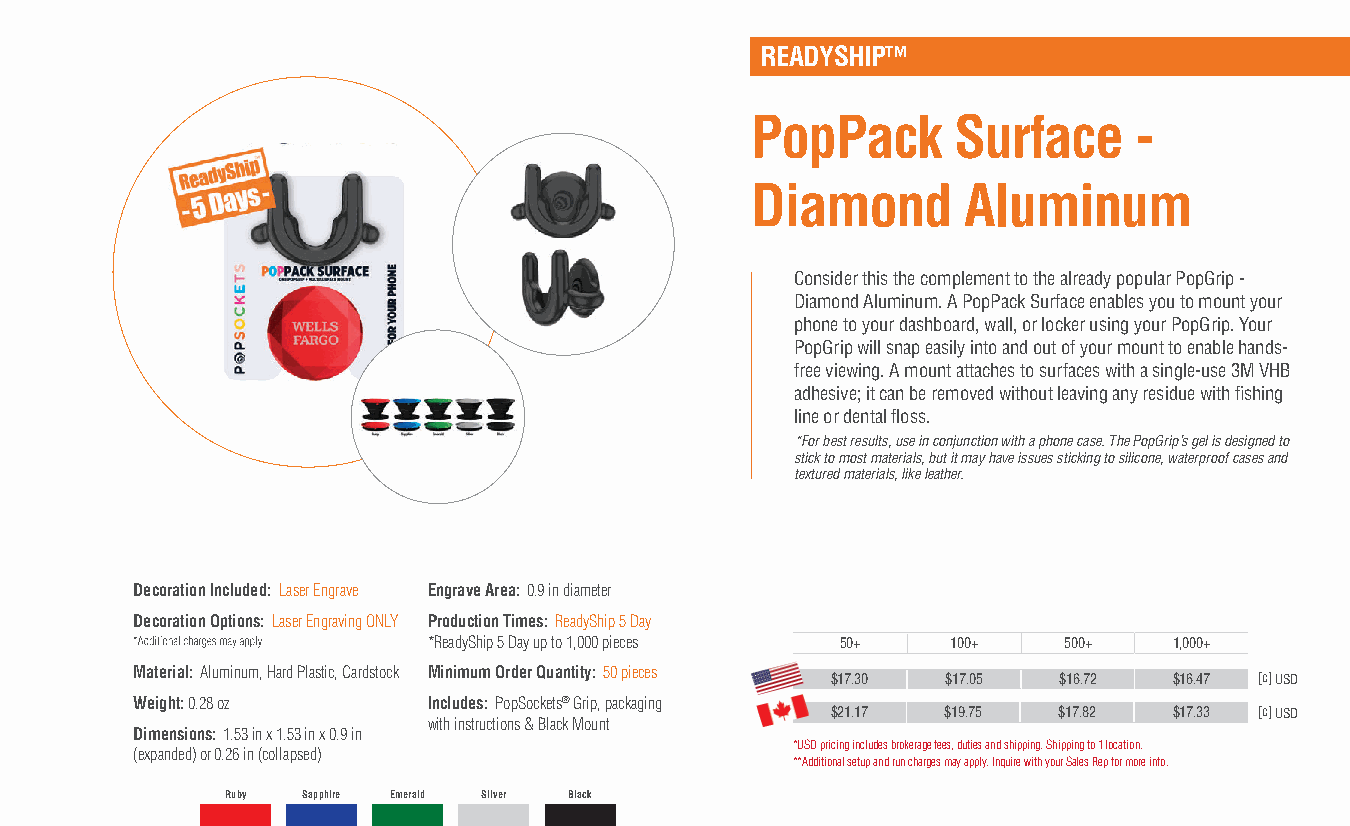
READYSHIP™
 PopPack      Surface     -
 Diamond       Aluminum
 Consider this the complement to the already popular PopGrip -
 Diamond Aluminum. A PopPack Surface enables you to mount your
 phone to your dashboard, wall, or locker using your PopGrip. Your
 PopGrip will snap easily into and out of your mount to enable hands-
 free viewing. A mount attaches to surfaces with a single-use 3M VHB
 adhesive; it can be removed without leaving any residue with fishing
 line or dental floss.
 *For best results, use in conjunction with a phone case. The PopGrip’s gel is designed to
 stick to most materials, but it may have issues sticking to silicone, waterproof cases and
 textured materials, like leather.
 Decoration Included: Laser Engrave Engrave Area: 0.9 in diameter
 Decoration Options: Laser Engraving ONLY Production Times: ReadyShip 5 Day
 *ReadyShip 5 Day up to 1,000 pieces 50+ 100+ 500+ 1,000+
 Material: Aluminum, Hard Plastic, Cardstock Minimum Order Quantity: 50 pieces $17.30 $17.05 $16.72 $16.47 [c] USD
 Weight: 0.28 oz    Includes: PopSockets® Grip, packaging
 $21.17  $19.75 $17.82  $17.33 [c] USD
 with instructions & Black Mount
 Dimensions: 1.53 in x 1.53 in x 0.9 in
 *USD pricing includes brokerage fees, duties and shipping. Shipping to 1 location.
 (expanded) or 0.26 in (collapsed)
 **Additional setup and run charges may apply. Inquire with your Sales Rep for more info.
 Ruby Sapphire Emerald Silver Black